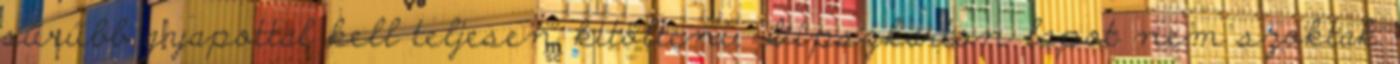
sűrűbb gyapottal kell teljesen kitölteni. Gipszkarton lapot nem szoktak